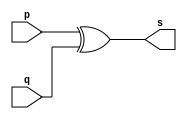
// ---------------------
// Exemplo0005 - xor 
// Nome: Thaise Souto Martins
// --------------------- 
 
// --------------------- 
// -- xor gate 
// --------------------- 
 
module xorgate (output [0:3] s, 
                             input   [0:3] p, 
                             input   [0:3] q); 
 assign s = p ^ q; 
endmodule // xor 
 
// --------------------- 
// -- test xorgate 
// --------------------- 
module testxorgate; 
// ------------------------- dados locais 
   reg  [0:3] a,b; // definir registrador 
   wire [0:3] s;    // definir conexao (fio) 
// ------------------------- instancia 
   xorgate XOR1 (s, a, b);  
// ------------------------- preparacao 
   initial begin:start 
      a=4'b0011;   // 4 valores binarios 
      b=4'b0101;   // 4 valores binarios 
   end 
 
// ------------------------- parte principal 
   initial begin:main 
      $display("Exemplo0005 - Thaise Souto Martins - 395504");
      $display("Test xor gate"); 
      $display("\n  a     ^    b    =     s\n"); 
      $monitor("%b ^ %b = %b", a, b, s); 
  #1  a=0; b=0;    // valores decimais 
  #1  a=4'b0010; b=4'b0001;          // valores binarios 
  #1  a=4'd1;    b=3;          // decimal e decimal 
  #1  a=4'o5;    b=2;          // octal   e decimal 
  #1  a=4'hA;    b=3;         // hexadecimal e decimal 
  #1  a=4'h9;    b=4'o3;     // hexadecimal e octal 
 
 end 
 
endmodule // testxorgate 
    // Exemplo0005 - Thaise Souto Martins - 395504
    // Test xor gate
    // 
    //   a     ^    b    =     s
    // 
    // 0011 ^ 0101 = 0110
    // 0000 ^ 0000 = 0000
    // 0010 ^ 0001 = 0011
    // 0001 ^ 0011 = 0010
    // 0101 ^ 0010 = 0111
    // 1010 ^ 0011 = 1001
    // 1001 ^ 0011 = 1010